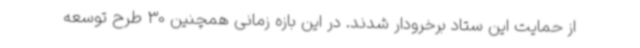
از حمایت این ستاد برخرودار شدند. در این بازه زمانی همچنین 30 طرح توسعه